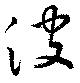
波